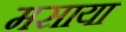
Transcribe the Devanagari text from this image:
मसाया